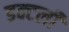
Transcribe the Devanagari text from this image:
डक्टली